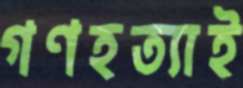
গণহত্যাই